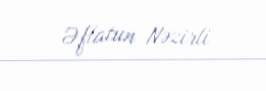
Əflatun Nəzirli